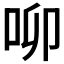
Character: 𠰭